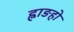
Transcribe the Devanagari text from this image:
ह्वाङहो